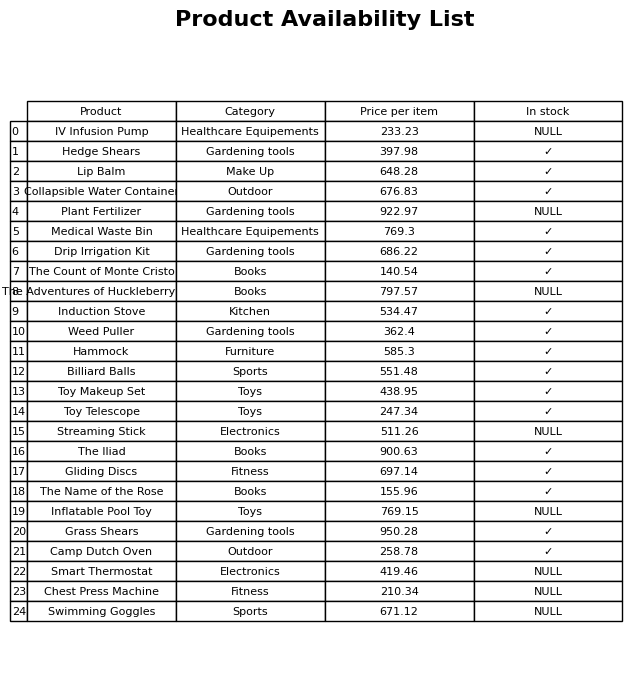
question: Which products are currently out of stock?
answer: IV Infusion Pump, Plant Fertilizer, The Adventures of Huckleberry Finn, Streaming Stick, Inflatable Pool Toy, Smart Thermostat, Chest Press Machine, Swimming Goggles